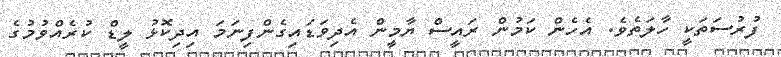
ފުރުސަތަކީ ހާލަތެވެ. އެހެން ކަމުން ރައީސް ޔާމީން އެދިވަޑައިގެންފިނަމަ އިދިކޮޅު ލީޑް ކުރެއްވުމުގެ